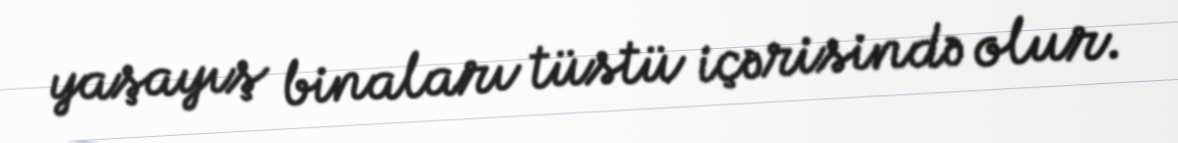
yaşayış binaları tüstü içərisində olur.